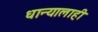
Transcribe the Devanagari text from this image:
धान्यालाही